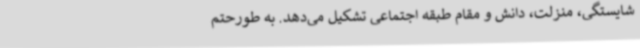
شایستگی، منزلت، دانش و مقام طبقه اجتماعی تشکیل می‌دهد. به طورحتم